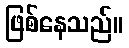
ဖြစ်နေသည်။